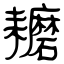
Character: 耱